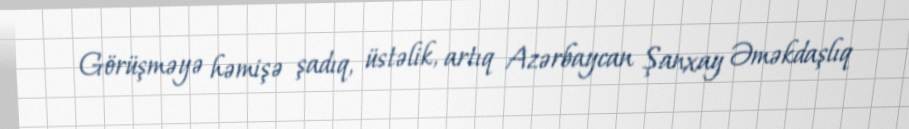
Görüşməyə həmişə şadıq, üstəlik, artıq Azərbaycan Şanxay Əməkdaşlıq